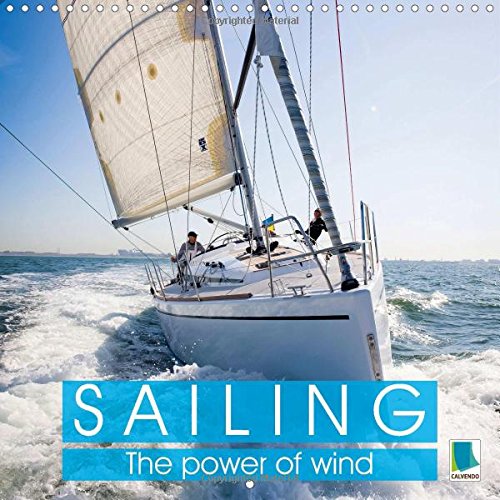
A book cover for Sailing: the Power of Wind: A Sailing Trip is an Adventure of a Lifetime (Calvendo Sports); Calvendo; Calendars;